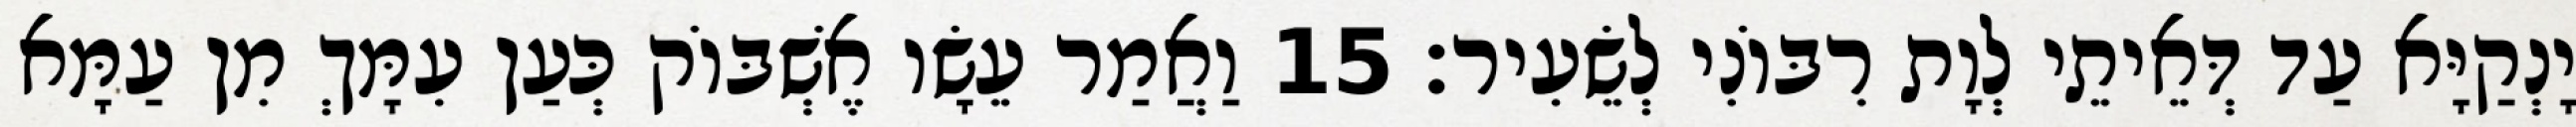
יָנְקַיָּא עַד דְּאֵיתֵי לְוָת רִבּוֹנִי לְשֵׂעִיר׃ 15 וַאֲמַר עֵשָׂו אֶשְׁבּוֹק כְּעַן עִמָּךְ מִן עַמָּא